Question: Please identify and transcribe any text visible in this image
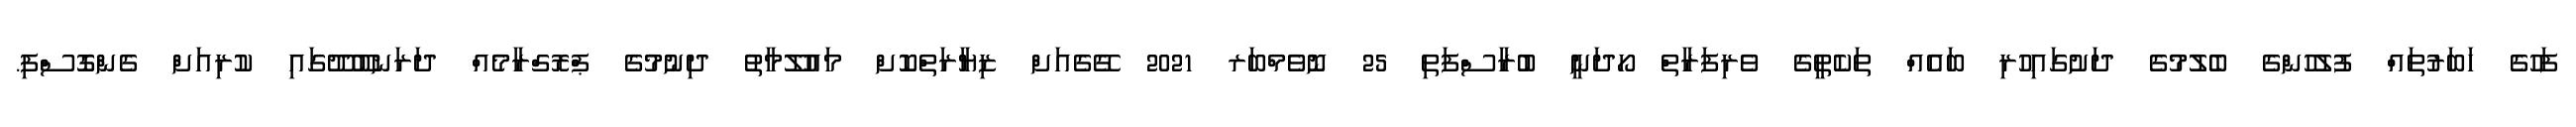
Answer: ފަހުގެ ހަބަރުތައް ފުލުހުންގެ ބެލުމުގެ ދަށުގައިހުރި ބައެއް ތަކެތީގެ ވެރިފަރާތް ހޯދަނީ ބުރާސްފަތި 25 ނޮވެމްބަރ 2021 ގޭގެއަށް ޒިޔާރަތްކޮށް މައުލޫމާތު ދިނުމުގެ ޕްރޮގްރާމެއް ދަރަނބޫދޫގައި ކުރިއަށް ގެންގޮސްފި.